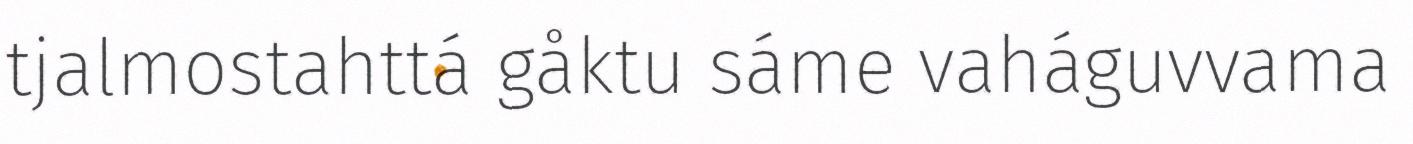
tjalmostahttá gåktu sáme vaháguvvama